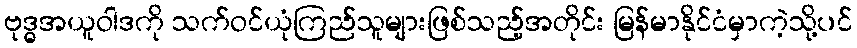
ဗုဒ္ဓအယူဝါဒကို သက်ဝင်ယုံကြည်သူများဖြစ်သည့်အတိုင်း မြန်မာနိုင်ငံမှာကဲ့သို့ပင်